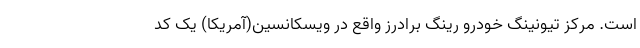
است. مرکز تیونینگ خودرو رینگ برادرز واقع در ویسکانسین(آمریکا) یک کد